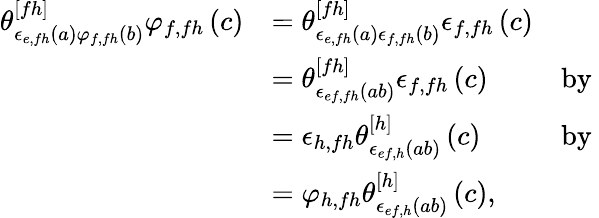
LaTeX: \begin{array}{rlr}{\theta_{\epsilon_{e,fh}\left(a\right)\varphi_{f,fh}\left(b\right)}^{[fh]}\varphi_{f,fh}\left(c\right)}&{=\theta_{\epsilon_{e,fh}\left(a\right)\epsilon_{f,fh}\left(b\right)}^{[fh]}\epsilon_{f,fh}\left(c\right)}\\ &{=\theta_{\epsilon_{ef,fh}\left(ab\right)}^{[fh]}\epsilon_{f,fh}\left(c\right)}&{\mathrm{by~}}\\ &{=\epsilon_{h,fh}\theta_{\epsilon_{ef,h}\left(ab\right)}^{[h]}\left(c\right)}&{\mathrm{by~}}\\ &{=\varphi_{h,fh}\theta_{\epsilon_{ef,h}\left(ab\right)}^{[h]}\left(c\right),}\end{array}